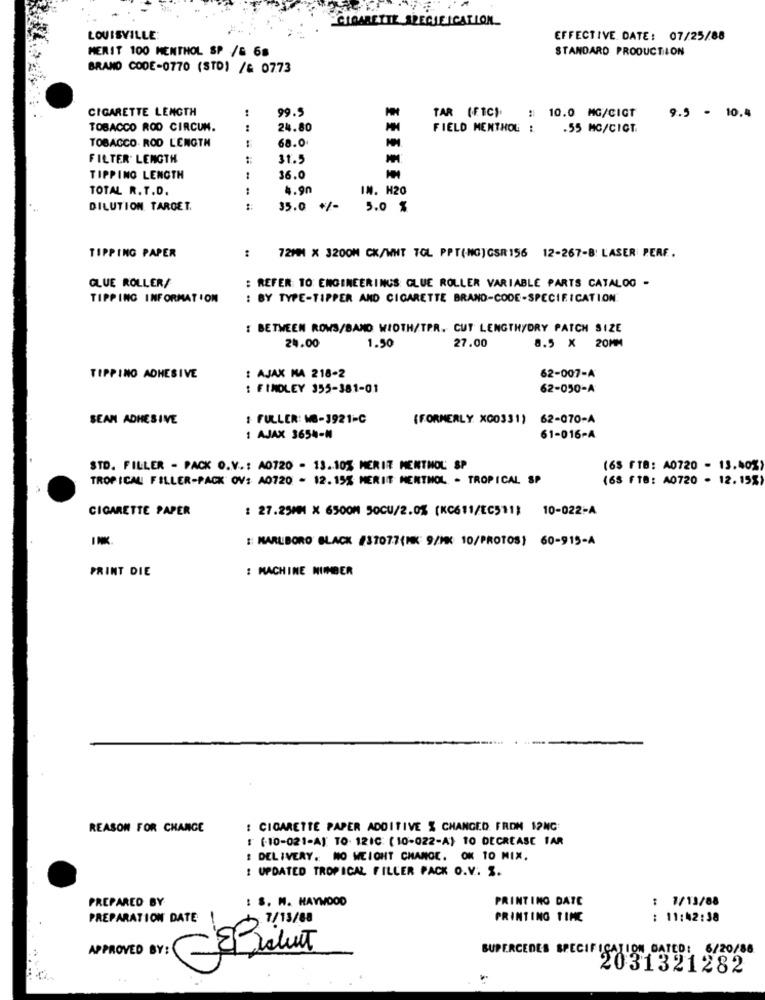
CIGARETTE SPECIFICATION_
LOUISVILLE:
EFFECTIVE DATE: 07/25/88
MERIT 100 MENTHOL SP /& 68
STANDARD PRODUCTION
BRANO CODE-0770 (STD) /6 0773
CIGARETTE LENGTH
99.5
TAR (F.1C).
# 10.0 MG/CIGT
9.5 - 10.4
TOBACCO ROD CIRCUM.
24.80
FIELD MENTHOL :
.55 MC/CICT.
TOBACCO. ROD LENGTH
68.0
FILTER. LENGTH
31.5
TIPPING LENGTH
36.0
TOTAL R. T.D.
4.90
IN. H20
DILUTION TAROET.
---
35.0 +/-
5.0 %
TIPPING PAPER
:
72MM X 3200M CK/WHT TOL PPT(MG) GSR 156 12-267-8: LASER PERF.
GLUE ROLLER/
: REFER TO: ENGINEERINGS GLUE ROLLER VARIABLE PARTS CATALOG -
TIPPING INFORMATION
: BY TYPE-TIPPER AND CIGARETTE BRAND-CODE-SPECIFICATION
: BETWEEN ROWS/BAND WIDTH/TPR. CUT LENGTHYDRY PATCH SIZE
24.00
1.50
27.00
8.5 X 20MM
TIPPING ADHESIVE
: AJAK MA 218-2
62-007-A
: FINDLEY 355-381-01
62-050-A
SEAN ADHESIVE
: FULLER: MB-1921-C
(FORMERLY X00331)
62-070-A
1 AJAX 3654-M
61-016-A
STD. FILLER - PACK O.V .: A0720 - 13.10% MERIT MENTHOL SP
(65 FTB: A0720 - 13.40%)
TROPICAL FILLER-PACK OV: A0720 - 12.15% MERIT MENTHOL - TROPICAL SP
(65 FTB: A0720 - 12. 15%)
CIGARETTE PAPER
: 27.25MM X 6500M 50CU/2.0% (KC611/EC511; 10-022-A
INK
:: MARLBORO BLACK #37077(MK 9/MX 10/PROTOS) 60-915-A
PRINT DIE
: MACHINE NUMBER
REASON FOR CHANGE
: CIGARETTE PAPER ADDITIVE % CHANGED FROM 12NG:
: (-10-021-A) TO. 12IC ( 10-022-A) 10 DECREASE 1AR
: DELIVERY. NO WEIGHT CHANGE. OK 10 MIX.
: UPDATED TROPICAL FILLER PACK O.V. S.
: S. M. HAYWOOD
PRINTING DATE
: 7/13/88
PREPARED BY
PREPARATION DATE
7/13/88
PRINTING TIME
: 11:42:38
SUPERCEDES SPECIFICATION GATED: 6/20/86
APPROVED BY: - Lisluit
2031321282